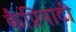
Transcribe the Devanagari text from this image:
कैप्रियाटी